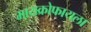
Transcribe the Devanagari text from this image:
मायक्रोफायला